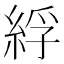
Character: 綒